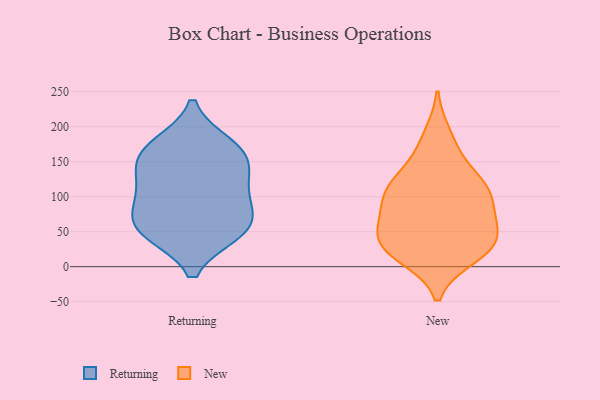
{"axis": {"x": "Waste Production (Tons)", "y": "Value"}, "legend": ["New", "Returning"], "data": [{"x": "", "y": 168, "type": "Returning"}, {"x": "", "y": 55, "type": "Returning"}, {"x": "", "y": 142, "type": "Returning"}, {"x": "", "y": 125, "type": "Returning"}, {"x": "", "y": 49, "type": "Returning"}, {"x": "", "y": 50, "type": "Returning"}, {"x": "", "y": 99, "type": "Returning"}, {"x": "", "y": 159, "type": "Returning"}, {"x": "", "y": 174, "type": "Returning"}, {"x": "", "y": 96, "type": "Returning"}, {"x": "", "y": 65, "type": "Returning"}, {"x": "", "y": 188, "type": "New"}, {"x": "", "y": 121, "type": "New"}, {"x": "", "y": 40, "type": "New"}, {"x": "", "y": 83, "type": "New"}, {"x": "", "y": 120, "type": "New"}, {"x": "", "y": 14, "type": "New"}, {"x": "", "y": 72, "type": "New"}, {"x": "", "y": 38, "type": "New"}, {"x": "", "y": 106, "type": "New"}, {"x": "", "y": 50, "type": "New"}, {"x": "", "y": 70, "type": "New"}, {"x": "", "y": 25, "type": "New"}, {"x": "", "y": 31, "type": "New"}, {"x": "", "y": 106, "type": "New"}, {"x": "", "y": 17, "type": "New"}, {"x": "", "y": 117, "type": "New"}, {"x": "", "y": 164, "type": "New"}]}